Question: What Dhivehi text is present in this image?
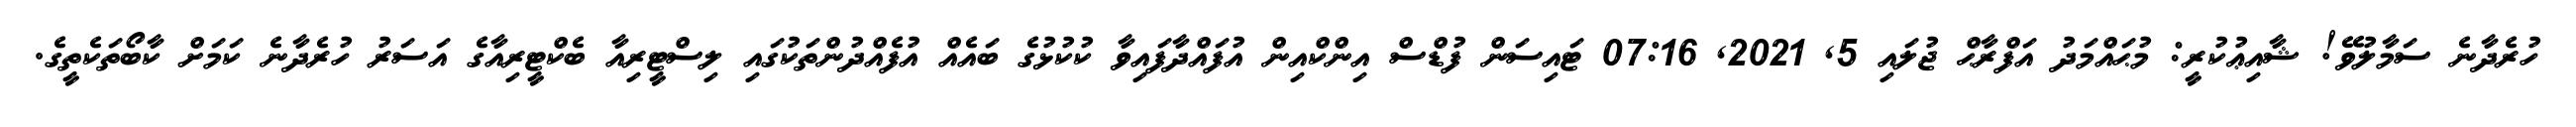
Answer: ހުރެދާނެ ސަމާލުވޭ! ޝާއިޢުކުރީ: މުޙައްމަދު އަފްރާޙް ޖުލައި 5, 2021, 07:16 ޓައިސަން ފުޑްސް އިންކްއިން އުފައްދާފައިވާ ކުކުޅުގެ ބައެއް އުފެއްދުންތަކުގައި ލިސްޓީރިއާ ބެކްޓީރިއާގެ އަސަރު ހުރެދާނެ ކަމަށް ކާބޯތަކެތީގެ.